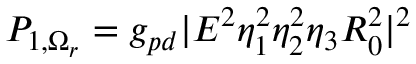
P _ { 1 , \Omega _ { r } } = g _ { p d } | E ^ { 2 } \eta _ { 1 } ^ { 2 } \eta _ { 2 } ^ { 2 } \eta _ { 3 } R _ { 0 } ^ { 2 } | ^ { 2 }